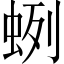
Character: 蛚